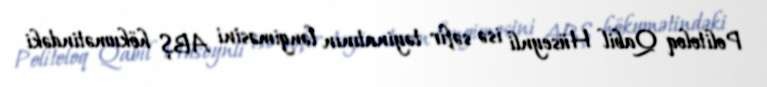
Politoloq Qabil Hüseynli isə səfir təyinatının ləngiməsini ABŞ hökumətindəki